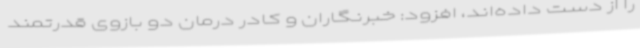
را از دست داده‌اند، افزود: خبرنگاران و کادر درمان دو بازوی قدرتمند